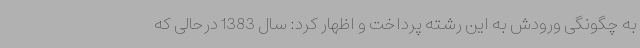
به چگونگی ورودش به این رشته پرداخت و اظهار کرد: سال 1383 درحالی که